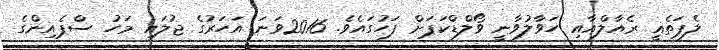
ލެޕަތެޣީ ރެއާލްއާއި ހަވާލުވާނީ ވޯލްޑްކަޕަށް ފަހުގައެވެ. 2016ވަނަ އަހަރުގެ ޖުލައި މަހު ސްޕެއިންގެ